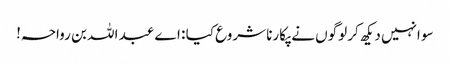
سو انہیں دیکھ کر لوگوں نے پکارنا شروع کیا : اے عبد اللہ بن رواحہ!